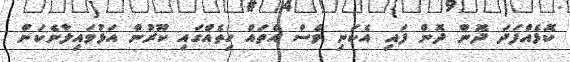
ކޮޅެއްފަދަ ދޮން ދޮން ފައި އެކަނި ވެސް އެތައް ހިތެއްގައި ކޫރުން އަޅުވައިލާނެކަން